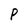
Character: P